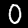
Label: 0